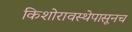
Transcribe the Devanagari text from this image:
किशोरावस्थेपासूनच